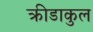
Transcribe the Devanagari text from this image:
क्रीडाकुल